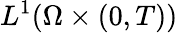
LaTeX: L^{1}(\Omega\times(0,T))